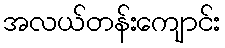
အလယ်တန်းကျောင်း